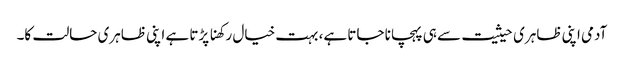
آدمی اپنی ظاہری حیثیت سے ہی پہچانا جاتا ہے، بہت خیال رکھنا پڑتا ہے اپنی ظاہری حالت کا۔